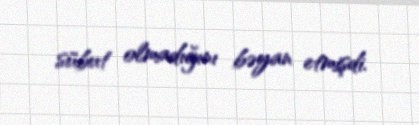
sübut olmadığını bəyan etmişdi.